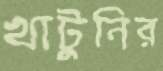
খাটুনির